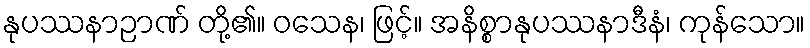
နုပဿနာဉာဏ် တို့၏။ ဝသေန၊ ဖြင့်။ အနိစ္စာနုပဿနာဒီနံ၊ ကုန်သော။